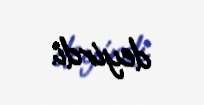
deyirdi.